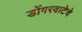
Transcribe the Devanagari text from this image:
डोंगरवाटेचे